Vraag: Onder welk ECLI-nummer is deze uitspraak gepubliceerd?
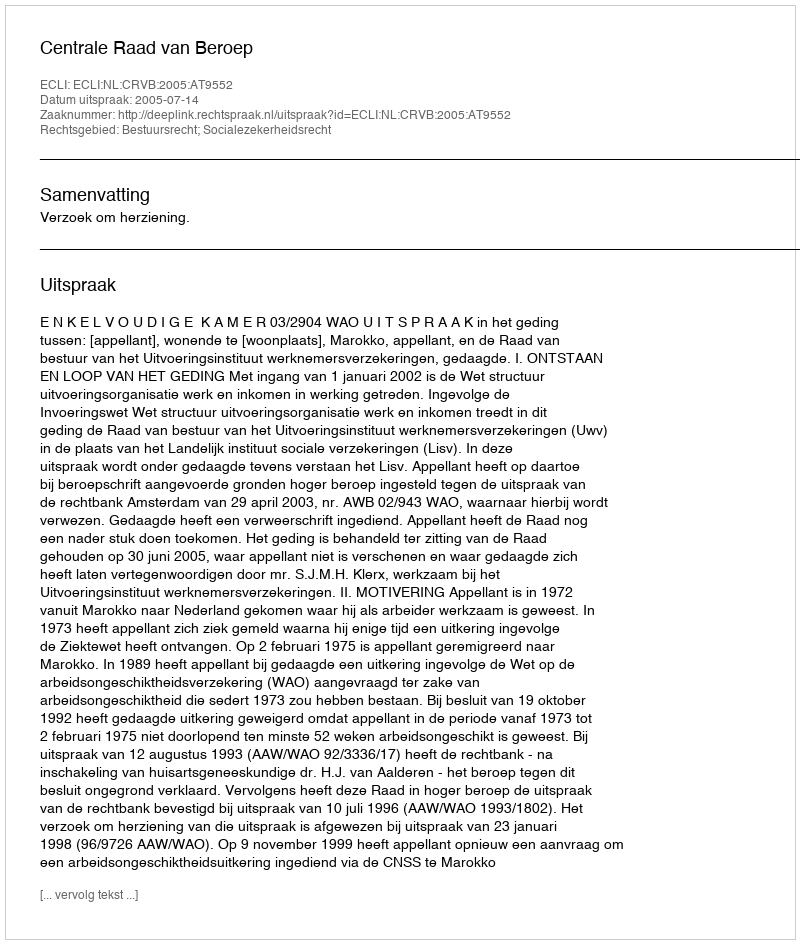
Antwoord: ECLI:NL:CRVB:2005:AT9552